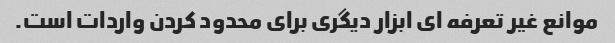
موانع غیر تعرفه ای ابزار دیگری برای محدود کردن واردات است.